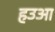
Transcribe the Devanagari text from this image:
हउआ